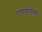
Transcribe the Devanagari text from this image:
रणांगणामधे